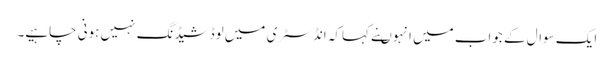
ایک سوال کے جواب میں انہوںنے کہاکہ انڈسٹری میں لوڈشیڈنگ نہیں ہونی چاہیے۔